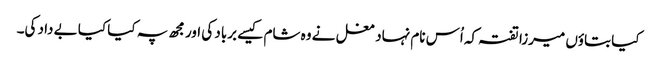
کیا بتاؤں میرزا تفتہ کہ اُس نام نہاد مغل نے وہ شام کیسے برباد کی اور مجھ پہ کیا کیا بے داد کی۔